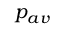
p _ { a v }